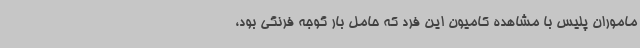
ماموران پلیس با مشاهده کامیون این فرد که حامل بار گوجه فرنگی بود،